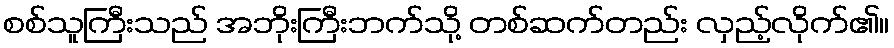
စစ်သူကြီးသည် အဘိုးကြီးဘက်သို့ တစ်ဆက်တည်း လှည့်လိုက်၏။